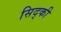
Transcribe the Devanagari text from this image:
सिद्की